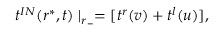
t ^ { I N } ( r ^ { * } , t ) \mid _ { r _ { - } } = [ t ^ { r } ( v ) + t ^ { l } ( u ) ] ,